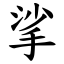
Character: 挲